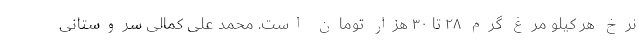
نرخ هر کیلو مرغ گرم ۲۸ تا ۳۰ هزار تومان است. محمد علی کمالی سروستانی